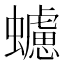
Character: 𧓻